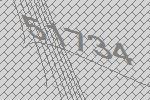
51734